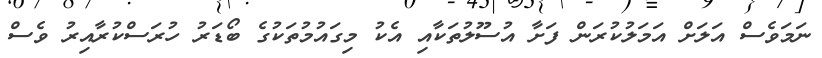
ނަމަވެސް އަލަށް އަމަލުކުރަން ފަށާ އުސޫލުތަކާއި އެކު މިގައުމުތަކުގެ ބޯޑަރު ހުރަސްކުރާއިރު ވެސް